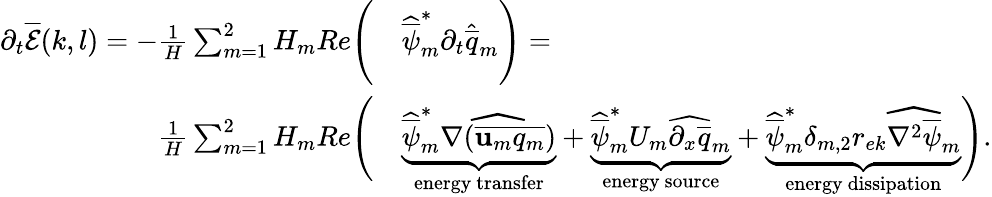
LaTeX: \begin{array}{rl}{\partial_{t}\overline{{\mathcal{E}}}(k,l)=-\frac{1}{H}\sum_{m=1}^{2}H_{m}Re\Bigg(}&{\widehat{\overline{{\psi}}}_{m}^{*}\partial_{t}\widehat{\overline{{q}}}_{m}\Bigg)=}\\ {\frac{1}{H}\sum_{m=1}^{2}H_{m}Re\Bigg(}&{\underbrace{\widehat{\overline{{\psi}}}_{m}^{*}\widehat{\nabla(\overline{{\mathbf{u}_{m}q_{m}}})}}_{\mathrm{energy~transfer}}+\underbrace{\widehat{\overline{{\psi}}}_{m}^{*}U_{m}\widehat{\partial_{x}\overline{{q}}}_{m}}_{\mathrm{energy~source}}+\underbrace{\widehat{\overline{{\psi}}}_{m}^{*}\delta_{m,2}r_{ek}\widehat{\nabla^{2}\overline{{\psi}}}_{m}}_{\mathrm{energy~dissipation}}\Bigg).}\end{array}